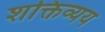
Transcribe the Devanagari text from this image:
शक्तिव्यय